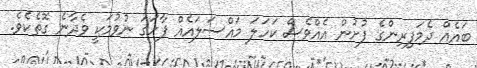
ބައެއް ދެމަފިރިންގެ ފުށުން އެއްވެސް ކަހަލަ މައްސަލައެއް ފާހަގަ ނުވުމަކީ ވެދާނެ ގޮތެކެވެ.